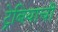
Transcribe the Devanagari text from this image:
ट्रेबियाची